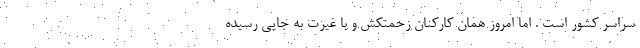
سراسر کشور است . اما امروز همان کارکنان زحمتکش و با غیرت به جایی رسیده